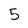
Character: 5